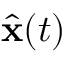
{ \hat { \mathbf { x } } } ( t )